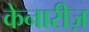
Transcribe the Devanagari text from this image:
केनारीज़